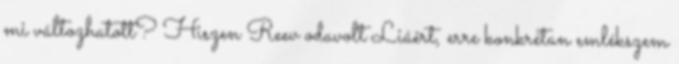
mi változhatott? Hiszen Reev odavolt Liáért, erre konkrétan emlékszem